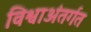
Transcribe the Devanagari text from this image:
विश्वाअंतर्गत